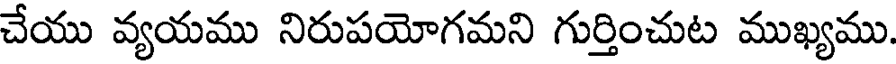
చేయు వ్యయము నిరుపయోగమని గుర్తించుట ముఖ్యము.